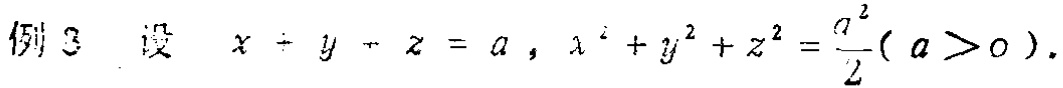
例3 设 \(x + y + z = a\)，\(x^{2}+y^{2}+z^{2}=\frac{a^{2}}{2}(a > 0)\)。